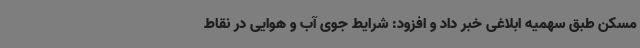
مسکن طبق سهمیه ابلاغی خبر داد و افزود: شرایط جوی آب و هوایی در نقاط